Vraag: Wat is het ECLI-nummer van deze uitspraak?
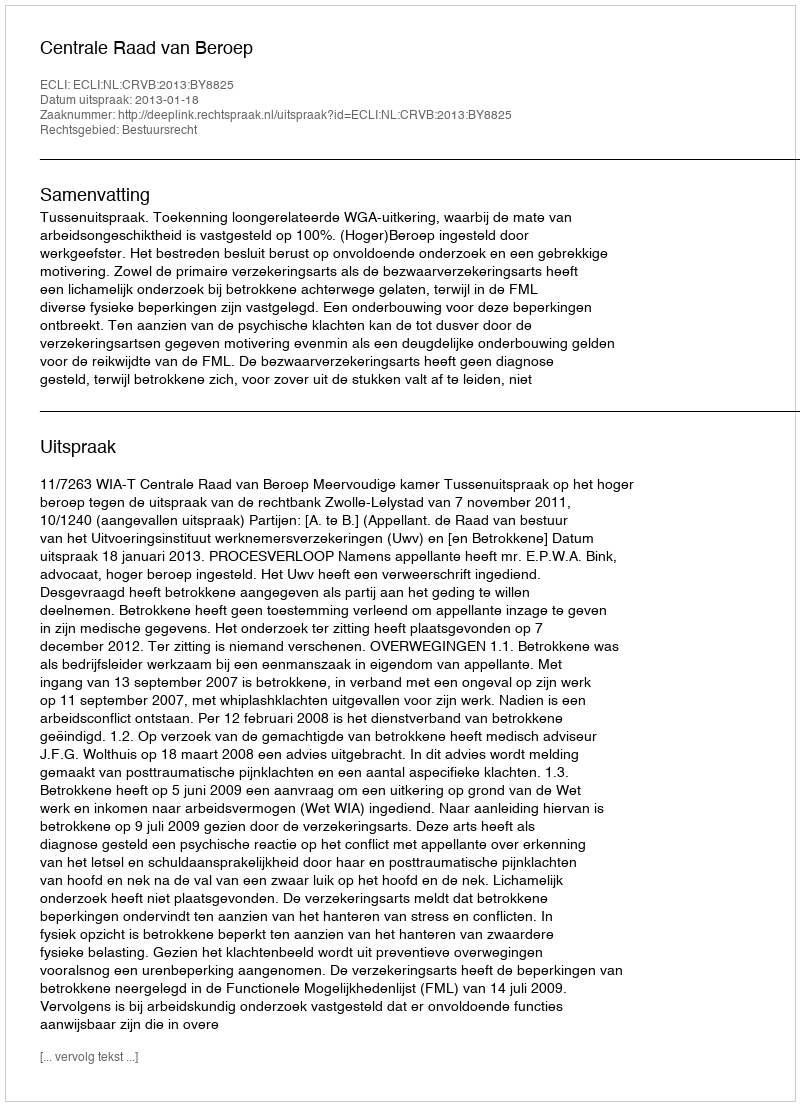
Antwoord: ECLI:NL:CRVB:2013:BY8825